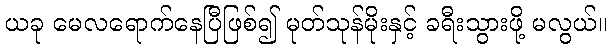
ယခု မေလရောက်နေပြီဖြစ်၍ မုတ်သုန်မိုးနှင့် ခရီးသွားဖို့ မလွယ်။